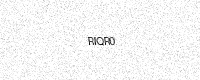
Text: RIQR0